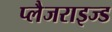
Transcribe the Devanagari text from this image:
प्लैजराइज्ड